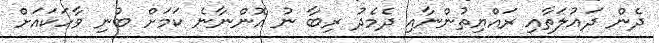
ދެން ދައުލަތާއި ރައްޔިތުންނާއި ދެމެދު ރިބާ ނު އޮންނާނެ ކަމަށް ބުނި ވާހަކައަށް